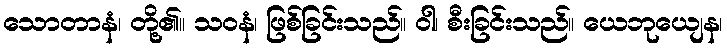
သောတာနံ၊ တို့၏။ သဝနံ၊ ဖြစ်ခြင်းသည်။ ဝါ၊ စီးခြင်းသည်။ ယေဘုယျေန၊